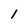
Character: 1